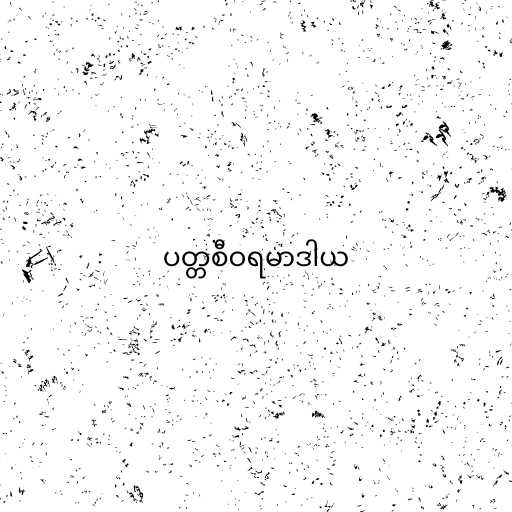
ပတ္တစီဝရမာဒါယ